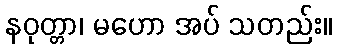
နဝုတ္တာ၊ မဟော အပ် သတည်း။